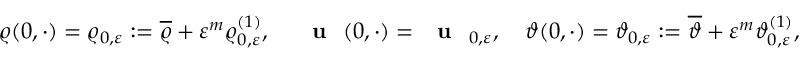
\varrho ( 0 , \cdot ) = \varrho _ { 0 , \varepsilon } : = \overline { { \varrho } } + \varepsilon ^ { m } \varrho _ { 0 , \varepsilon } ^ { ( 1 ) } , \quad \textbf { \textup { u } } ( 0 , \cdot ) = \textbf { \textup { u } } _ { 0 , \varepsilon } , \quad \vartheta ( 0 , \cdot ) = \vartheta _ { 0 , \varepsilon } : = \overline { { \vartheta } } + \varepsilon ^ { m } \vartheta _ { 0 , \varepsilon } ^ { ( 1 ) } ,